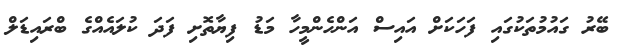
ބޭރު ގައުމުތަކުގައި ފަހަކަށް އައިސް އަންހެންމީހާ މަޑު ފިޔާތޮށި ފަދަ ކުލައެއްގެ ބްރައިޑަލް